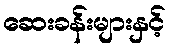
ဆေးခန်းများနှင့်